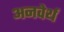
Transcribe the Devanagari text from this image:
अनवेर्थ